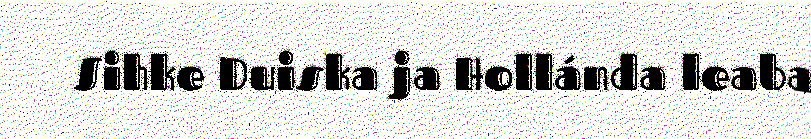
Sihke Duiska ja Hollánda leaba